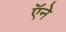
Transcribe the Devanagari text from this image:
ऍने